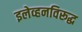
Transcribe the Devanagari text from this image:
इलेव्हनविरूद्ध